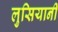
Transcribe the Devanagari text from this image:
लुसियानी